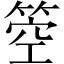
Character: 箜